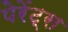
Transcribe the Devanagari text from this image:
पेरेंट्स